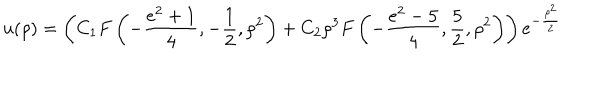
LaTeX: u ( \rho ) = \left( C _ { 1 } F \left( - \frac { e ^ { 2 } + 1 } { 4 } , - \frac { 1 } { 2 } , \rho ^ { 2 } \right) + C _ { 2 } \rho ^ { 3 } F \left( - \frac { e ^ { 2 } - 5 } { 4 } , \frac { 5 } { 2 } , \rho ^ { 2 } \right) \right) e ^ { - \frac { \rho ^ { 2 } } { 2 } }